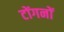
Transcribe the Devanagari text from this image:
टोंगनों